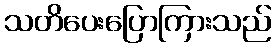
သတိပေးပြောကြားသည်